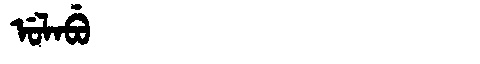
Manchu: ᡠᠯᠠᠪᡠ
Romanization: ULABU